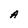
Character: A